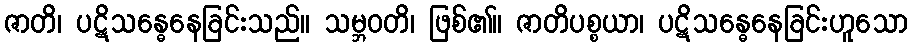
ဇာတိ၊ ပဋိသန္ဓေနေခြင်းသည်။ သမ္ဘဝတိ၊ ဖြစ်၏။ ဇာတိပစ္စယာ၊ ပဋိသန္ဓေနေခြင်းဟူသော